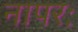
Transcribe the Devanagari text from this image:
नापरः